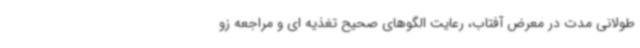
طولانی مدت در معرض آفتاب، رعایت الگوهای صحیح تغذیه ای و مراجعه زو